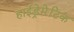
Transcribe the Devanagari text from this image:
हाईड्रेमेटिक